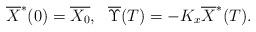
LaTeX: \begin{align*}\overline{X}^*(0)=\overline{X_0}, \ \ \overline{\Upsilon}(T)=-K_x\overline{X}^*(T).\end{align*}